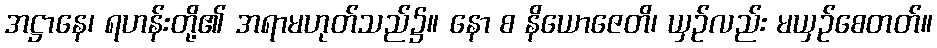
အဋ္ဌာနေ၊ ရဟန်းတို့၏ အရာမဟုတ်သည်၌။ နော စ နိယောဇေတိ၊ ယှဉ်လည်း မယှဉ်စေတတ်။